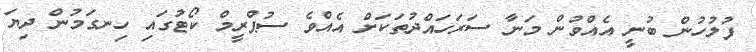
ފުލުހުން ބުނީ އެއްވުން މަނާ ސަރަހައްދުތަކަށް އެއްވެ ސުޕްރީމް ކޯޓުގައި ހިނގަމުން ދިޔަ